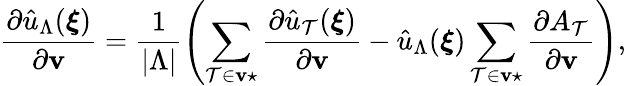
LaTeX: \frac{\partial\hat{u}_{\Lambda}(\boldsymbol{\xi})}{\partial\textbf{v}}=\frac{1}{|\Lambda|}\left(\underset{\mathcal{T}\in\textbf{v}\star}{\sum}\frac{\partial\hat{u}_{\mathcal{T}}(\boldsymbol{\xi})}{\partial\textbf{v}}-\hat{u}_{\Lambda}(\boldsymbol{\xi})\underset{\mathcal{T}\in\textbf{v}\star}{\sum}\frac{\partial A_{\mathcal{T}}}{\partial\textbf{v}}\right),